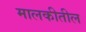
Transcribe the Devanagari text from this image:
मालकीतील